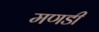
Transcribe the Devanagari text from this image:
मणडी